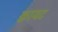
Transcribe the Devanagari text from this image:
क्वायट